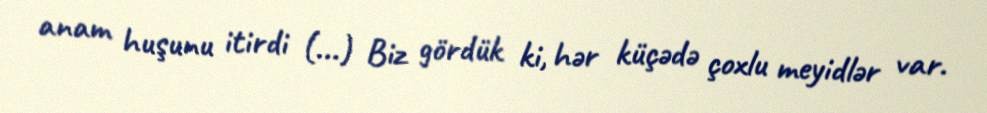
anam huşunu itirdi (...) Biz gördük ki, hər küçədə çoxlu meyidlər var.